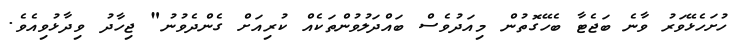
ހުށަހެޅޭވަރު ވާނެ ބަޖެޓާ ބެހޭގޮތުން މިއަދުވެސް ބައްދަލުވުންތަކެއް ކުރިއަށް ގެންދެވުނު" ޖިހާދު ވިދާޅުވިއެވެ.